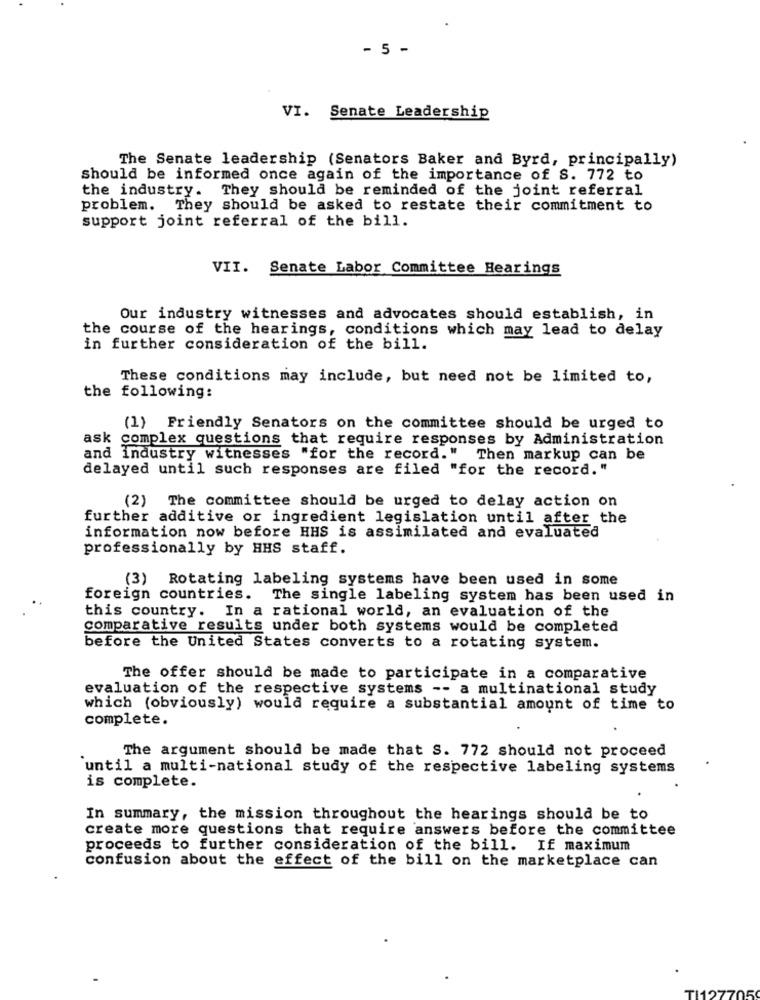
- 5 -
VI. Senate Leadership
The Senate leadership (Senators Baker and Byrd, principally)
should be informed once again of the importance of S. 772 to
the industry. They should be reminded of the joint referral
problem. They should be asked to restate their commitment to
support joint referral of the bill.
VII. Senate Labor Committee Hearings
Our industry witnesses and advocates should establish, in
the course of the hearings, conditions which may lead to delay
in further consideration of the bill.
These conditions may include, but need not be limited to,
the following:
(1) Friendly Senators on the committee should be urged to
ask complex questions that require responses by Administration
and industry witnesses "for the record." Then markup can be
delayed until such responses are filed "for the record."
(2) The committee should be urged to delay action on
further additive or ingredient legislation until after the
information now before HHS is assimilated and evaluated
professionally by HHS staff.
(3) Rotating labeling systems have been used in some
foreign countries. The single labeling system has been used in
this country. In a rational world, an evaluation of the
comparative results under both systems would be completed
before the United States converts to a rotating system.
The offer should be made to participate in a comparative
evaluation of the respective systems -- a multinational study
which (obviously) would require a substantial amount of time to
complete.
The argument should be made that S. 772 should not proceed
`until a multi-national study of the respective labeling systems
is complete.
In summary, the mission throughout the hearings should be to
create more questions that require answers before the committee
proceeds to further consideration of the bill. If maximum
confusion about the effect of the bill on the marketplace can